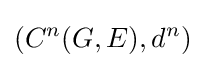
(C^{n}(G,E),d^{n})